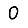
Digit: 0